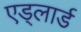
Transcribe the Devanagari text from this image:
एड्लार्ड